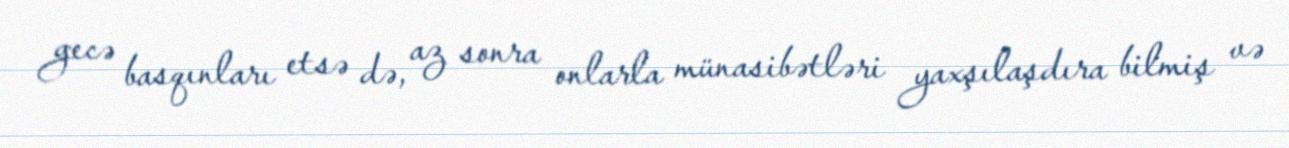
gecə basqınları etsə də, az sonra onlarla münasibətləri yaxşılaşdıra bilmiş və